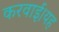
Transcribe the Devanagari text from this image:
करवाई।यह